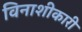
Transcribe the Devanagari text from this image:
विनाशीकारी